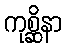
ကုစ္ဆိနာ